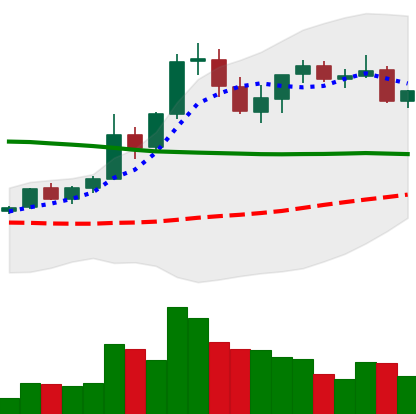
Ticker: XRP-USD
Chart end date: 2021-08-25
Forward return: -6.063%
Label: down_5_7